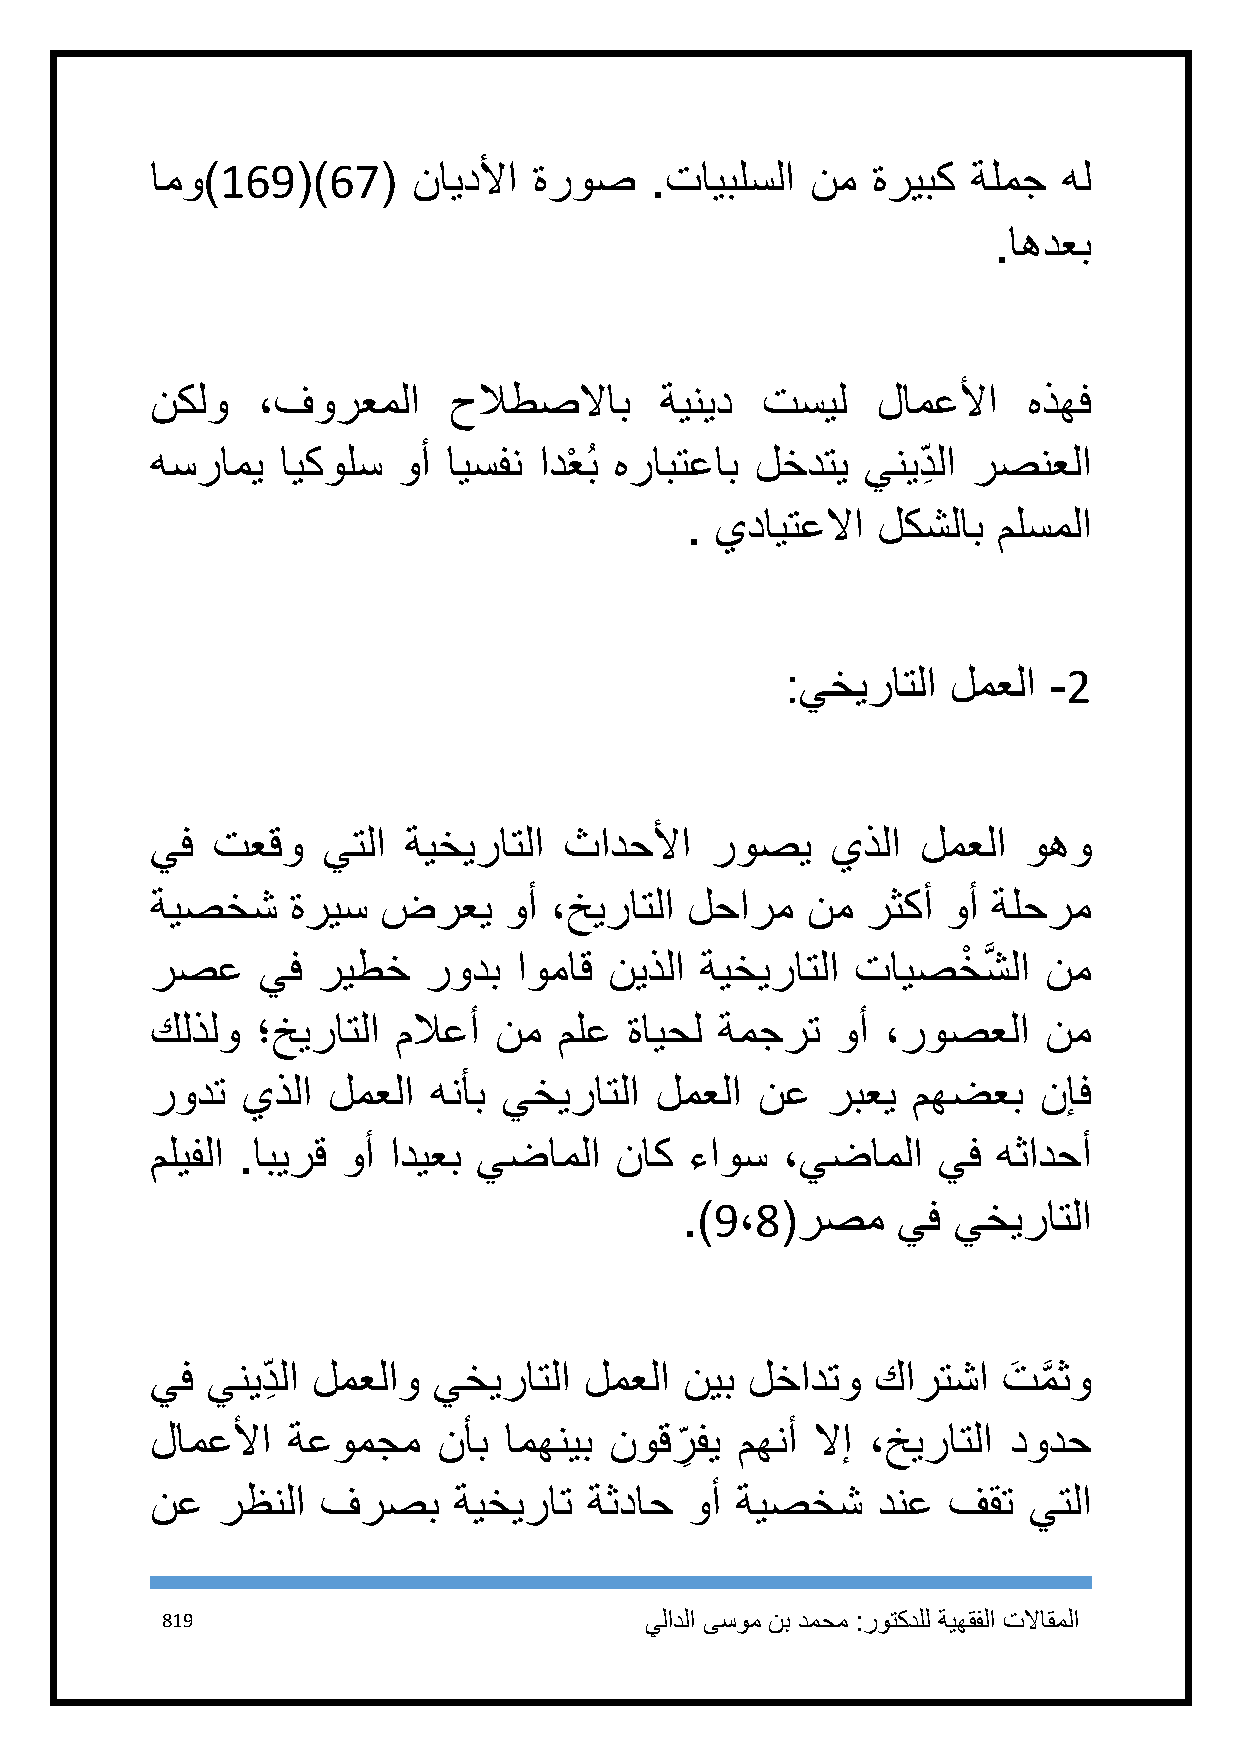
امو)169()67(     نايدلأا ةروص    .تايبلسلا  نم  ةريبك ةلمج  هل
 .اهدعب
 نكلو   ،فورعملا     حلاطصلااب     ةينيد تسيل    لامعلأا   هذهف
 هسرامي   ايكولس وأ  ايسفن ادعْ ُب هرابتعاب لخدتي ينيد ِ لا رصنعلا
 . يدايتعلاا  لكشلاب  ملسملا
 :يخيراتلا  لمعلا -2
 يف  تعقو   يتلا  ةيخيراتلا ثادحلأا   روصي    يذلا  لمعلا  وهو
 ةيصخش    ةريس  ضرعي    وأ ،خيراتلا لحارم   نم  رثكأ  وأ ةلحرم
 رصع    يف  ريطخ   رودب  اوماق نيذلا ةيخيراتلا  تايصخْ  شَّ لا نم
 كلذلو  ؛خيراتلا ملاعأ  نم  ملع  ةايحل ةمجرت  وأ  ،روصعلا   نم
 رودت  يذلا  لمعلا هنأب يخيراتلا  لمعلا  نع   ربعي مهضعب    نإف
 مليفلا .ابيرق وأ اديعب يضاملا  ناك  ءاوس  ،يضاملا   يف  هثادحأ
 .)9،8(رصم     يف  يخيراتلا
 يف  ينيد ِ لا لمعلاو يخيراتلا لمعلا نيب لخادتو  كارتشا  تَ مَّ ثو
 لامعلأا  ةعومجم    نأب امهنيب نوقر
 ِ
 في مهنأ لاإ ،خيراتلا دودح
 نع  رظنلا  فرصب     ةيخيرات  ةثداح  وأ ةيصخش    دنع  فقت  يتلا
 819                             يلادلا ىسوم نب دمحم :روتكدلل ةيهقفلا تلااقملا